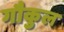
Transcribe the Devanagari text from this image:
गौकुल